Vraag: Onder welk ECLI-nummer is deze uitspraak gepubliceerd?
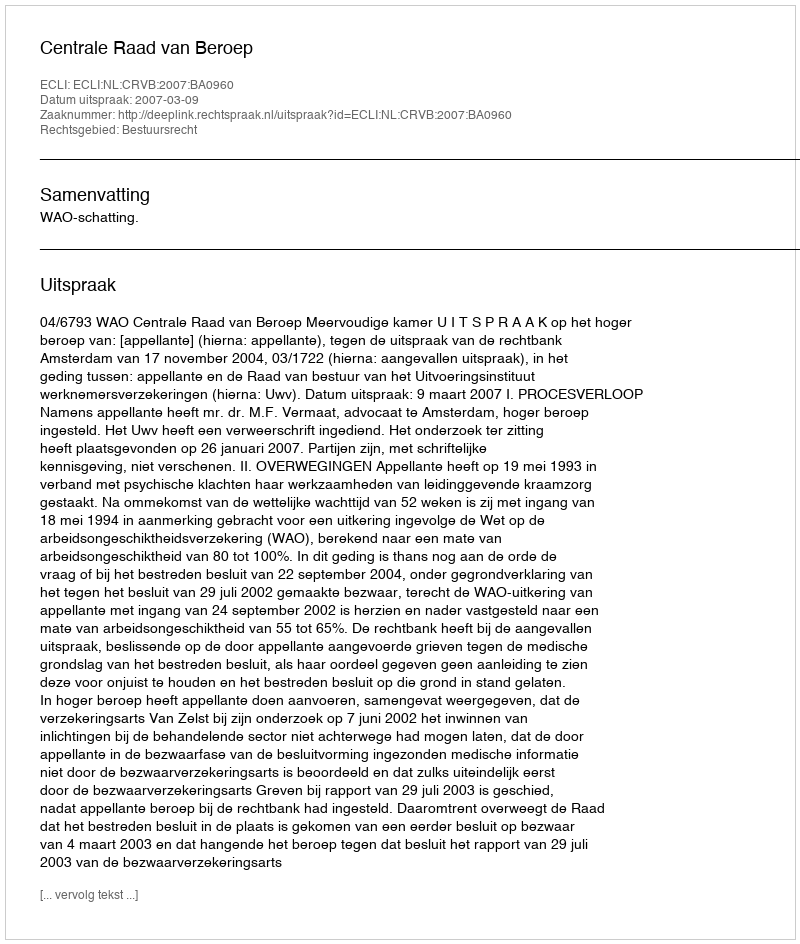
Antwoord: ECLI:NL:CRVB:2007:BA0960